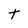
Character: t